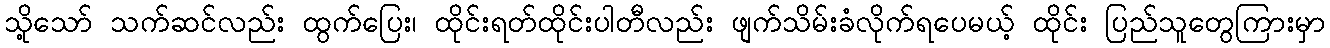
သို့သော် သက်ဆင်လည်း ထွက်ပြေး၊ ထိုင်းရတ်ထိုင်းပါတီလည်း ဖျက်သိမ်းခံလိုက်ရပေမယ့် ထိုင်း ပြည်သူတွေကြားမှာ